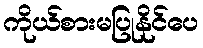
ကိုယ်စားမပြုနိုင်ပေ